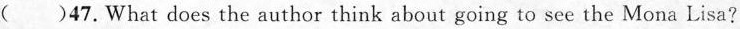
()47.What does the author think about going to see the Mona Lisa?